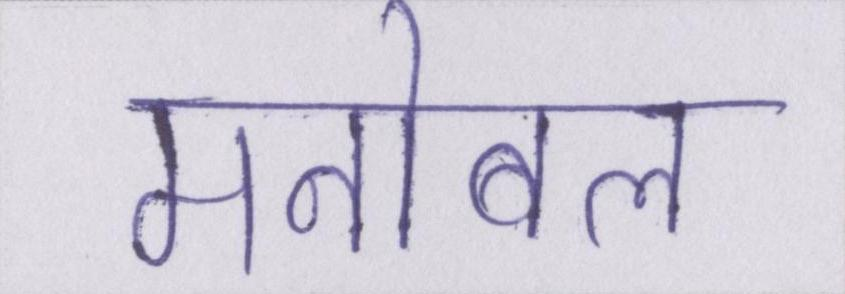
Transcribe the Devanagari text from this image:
मनोबल